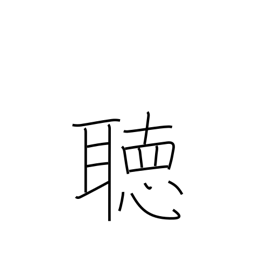
Meaning: listen